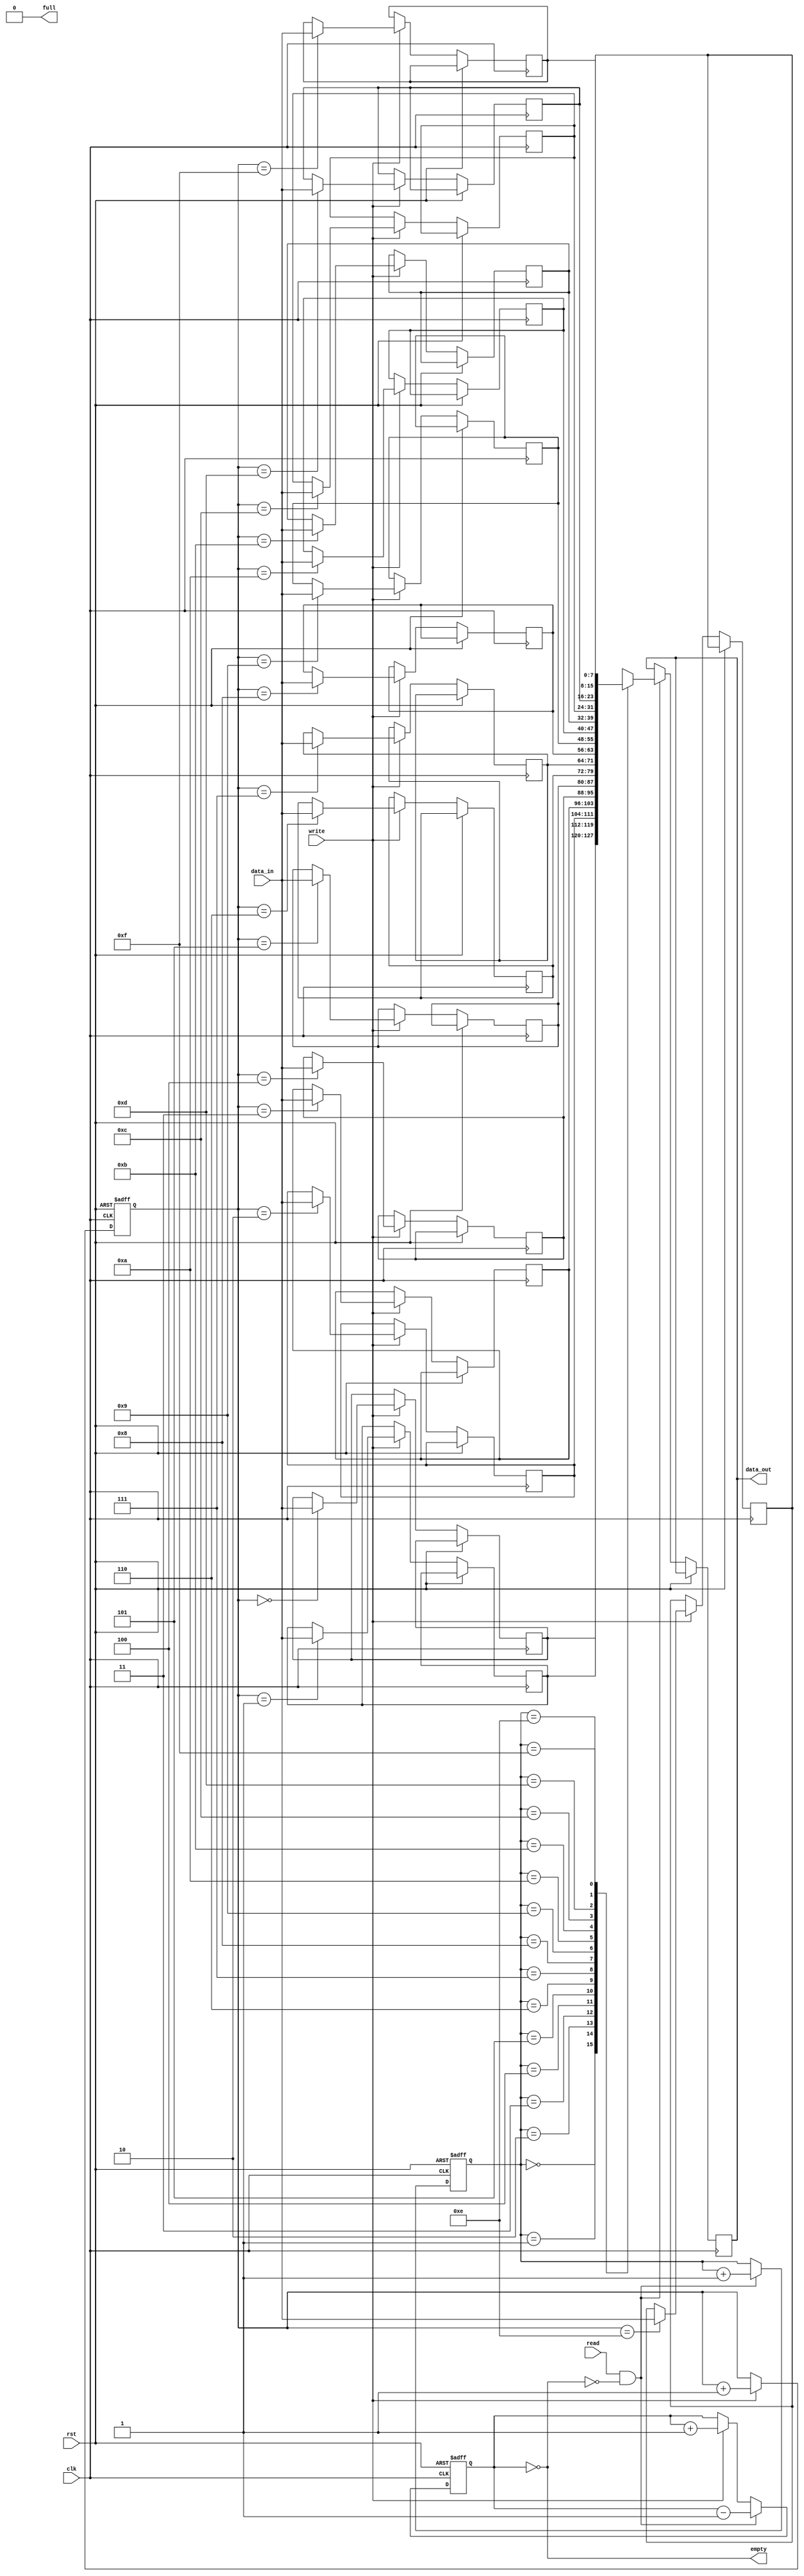
module Async_FIFO (
    input wire clk,
    input wire rst,
    input wire read,
    input wire write,
    input wire [DATA_WIDTH-1:0] data_in,
    output wire [DATA_WIDTH-1:0] data_out,
    output wire empty,
    output wire full
);

parameter DATA_WIDTH = 8; // Change this to match the data width of your FIFO

reg [DATA_WIDTH-1:0] fifo [0:15];
reg [3:0] wr_ptr = 0;
reg [3:0] rd_ptr = 0;
reg [3:0] count = 0;

always @(posedge clk or posedge rst) begin
    if (rst) begin
        wr_ptr <= 0;
        rd_ptr <= 0;
        count <= 0;
    end else begin
        if (write && !full) begin
            fifo[wr_ptr] <= data_in;
            wr_ptr <= wr_ptr + 1;
            count <= count + 1;
        end
        if (read && !empty) begin
            data_out <= fifo[rd_ptr];
            rd_ptr <= rd_ptr + 1;
            count <= count - 1;
        end
    end
end

assign empty = (count == 0);
assign full = (count == 16);

endmodule